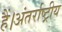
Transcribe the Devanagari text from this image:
हैं।अंतर्राष्ट्रीय